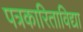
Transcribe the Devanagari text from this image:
पत्रकारिताविद्या